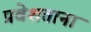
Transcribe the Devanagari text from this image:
प्रवेशताना